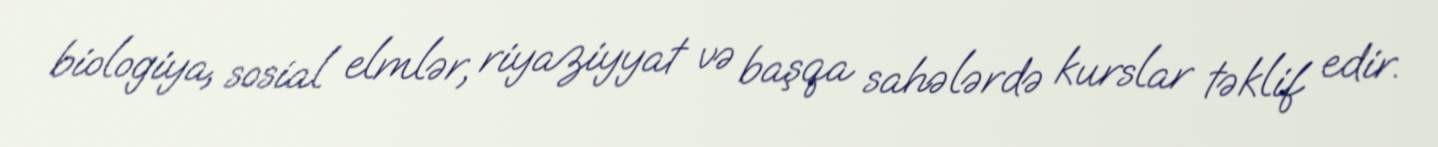
biologiya, sosial elmlər, riyaziyyat və başqa sahələrdə kurslar təklif edir.